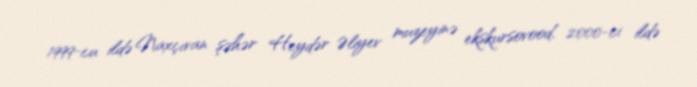
1999-cu ildə Naxçıvan şəhər Heydər Əliyev muzeyinə ekskursovood, 2000-ci ildə